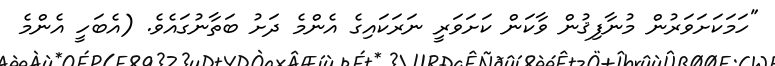
"ހަމަކަށަވަރުން މުނާފިޤުން ވާކަން ކަށަވަރީ ނަރަކައިގެ އެންމެ ދަށު ބަތާނުގައެވެ. (އެބަހީ އެންމެ